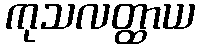
ကုသလတ္ထာယ